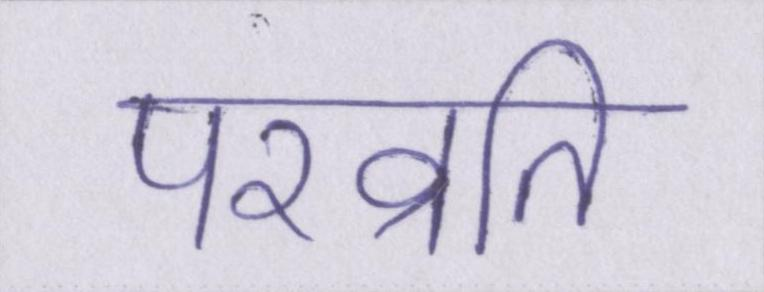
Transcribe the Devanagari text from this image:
परव्रति